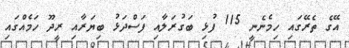
އޭގެ ތެރޭގައި ހިމެނެނީ 115 ފުޅި ބަގުރަލާއި ފަސްދަޅު ބިޔަރާއި ރީދޫ ހަމެއްގައި